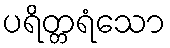
ပရိတ္တရံသော